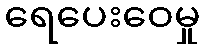
ရေပေးဝေမှု